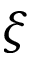
\xi